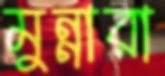
মুন্নারা